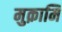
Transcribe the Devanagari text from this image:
मुक़ामि